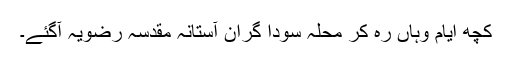
کچھ ایام وہاں رہ کر محلہ سودا گران آستانہ مقدسہ رضویہ آگئے۔